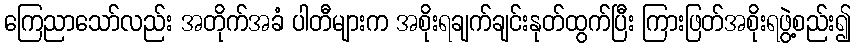
ကြေညာသော်လည်း အတိုက်အခံ ပါတီများက အစိုးရချက်ချင်းနုတ်ထွက်ပြီး ကြားဖြတ်အစိုးရဖွဲ့စည်း၍